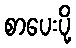
စာပေးပို့